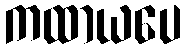
ကထာယပေ